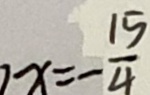
x = - \frac { 1 5 } { 4 }